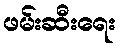
ဖမ်းဆီးရေး